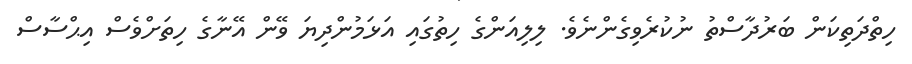
ހިތްދަތިކަން ބަރުދާސްތު ނުކުރެވިގެންނެވެ. ލިލިއަންގެ ހިތުގައި އަޅަމުންދިޔަ ވޭން އޭނާގެ ހިތަށްވެސް އިޙްސާސް